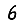
Digit: 6